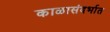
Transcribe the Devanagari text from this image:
काळासंदर्भात